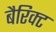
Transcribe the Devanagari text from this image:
बैरिक्ट